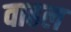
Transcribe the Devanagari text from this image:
वाहल